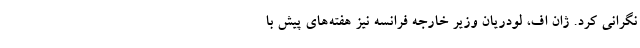
نگرانی کرد. ژان اف، لودریان وزیر خارجه فرانسه نیز هفته‌های پیش با